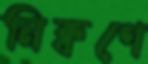
নিক্বণে